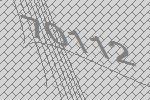
70112